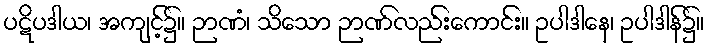
ပဋိပဒါယ၊ အကျင့်၌။ ဉာဏံ၊ သိသော ဉာဏ်လည်းကောင်း။ ဥပါဒါနေ၊ ဥပါဒါန်၌။